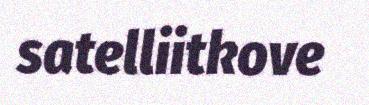
satelliitkove